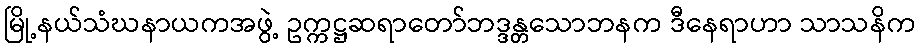
မြို့နယ်သံဃနာယကအဖွဲ့ ဥက္ကဋ္ဌဆရာတော်ဘဒ္ဒန္တသောဘနက ဒီနေရာဟာ သာသနိက